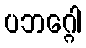
ပဘဂ္ဂေါ